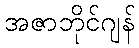
အဇာဘိုင်ဂျန်